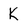
Character: K